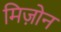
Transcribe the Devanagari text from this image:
मिज़ोन